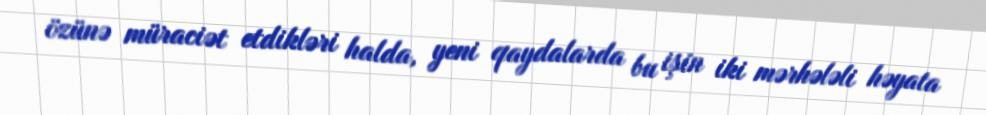
özünə müraciət etdikləri halda, yeni qaydalarda bu işin iki mərhələli həyata